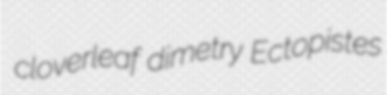
cloverleaf dimetry Ectopistes